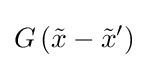
G\left({\tilde {x}}-{\tilde {x}}'\right)